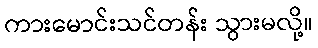
ကားမောင်းသင်တန်း သွားမလို့။